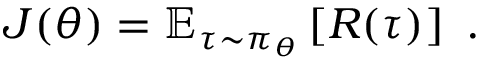
J ( \theta ) = \mathbb { E } _ { \tau \sim \pi _ { \theta } } \left[ R ( \tau ) \right] ~ .